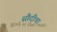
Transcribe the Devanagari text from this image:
सौदीचा